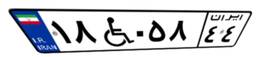
۱۶W۰۴۴۲۶